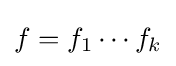
f=f_{1}\cdots f_{k}